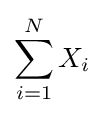
\sum _{i=1}^{N}X_{i}